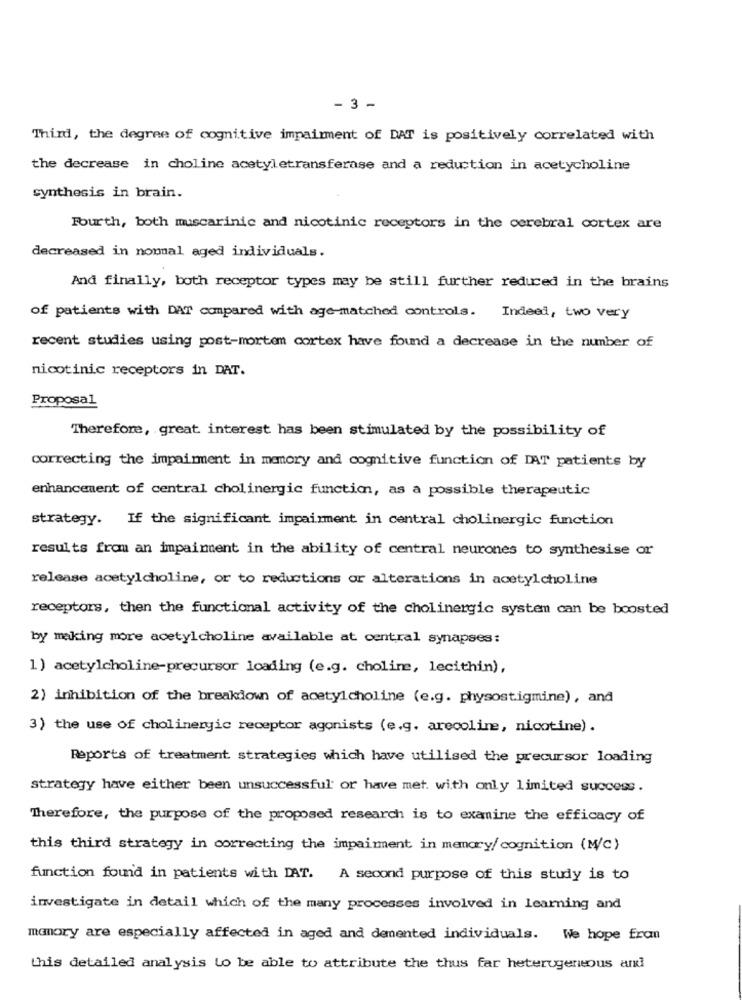
- 3 -
Third, the degree of cognitive impairment of DAT is positively correlated with
the decrease in choline acetyletransferase and a reduction in acetycholine
synthesis in brain.
Fourth, both muscarinic and nicotinic receptors in the cerebral cortex are
decreased in nommal aged individuals.
And finally, both receptor types may be still further reduced in the brains
of patients with DAT compared with age-matched controls. Indeed, two very
recent studies using post-mortem cortex have found a decrease in the number of
nicotinic receptors in DAT.
Proposal
Therefore, great interest has been stimulated by the possibility of
correcting the impairment in memory and cognitive function of IAT patients by
enhancement of central cholinergic function, as a possible therapeutic
strategy. If the significant impairment in central cholinergic function
results from an impaiment in the ability of central neurones to synthesise or
release acetylcholine, or to reductions or alterations in acetylcholine
receptors, then the functional activity of the cholinergic system can be boosted
by making more acetylcholine available at central synapses:
1) acetylcholine-precursor loading (e.g. choline, lecithin),
2) inhibition of the breakdown of acetylcholine (e.g. physostigmine), and
3) the use of cholinergic receptor agonists (e.g. arecoline, nicotine) .
Reports of treatment. strategies which have utilised the precursor loading
strategy have either been unsuccessful or have met. with only limited success.
Therefore, the purpose of the proposed research is to examine the efficacy of
this third strategy in correcting the impairment in memory/ cognition (M/c)
function found in patients with DAT. A second purpose of this study is to
investigate in detail which of the many processes involved in Learning and
memory are especially affected in aged and demented individuals. We hope fron
this detailed analysis to be able to attribute the thus far heterogeneous arki